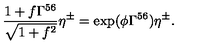
\frac { 1 + f \Gamma ^ { 5 6 } } { \sqrt { 1 + f ^ { 2 } } } \eta ^ { \pm } = \exp ( \phi \Gamma ^ { 5 6 } ) \eta ^ { \pm } .